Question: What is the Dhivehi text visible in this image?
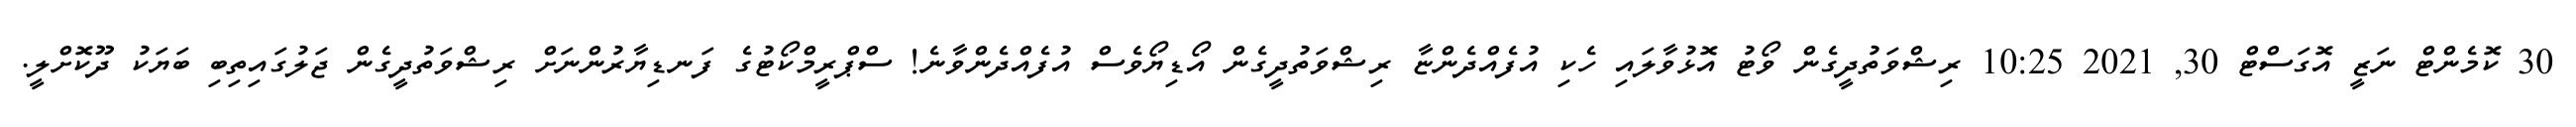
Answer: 30 ކޮމެންޓް ނަޒީ އޮގަސްޓް 30, 2021 10:25 ރިޝްވަތުދީގެން ވޯޓު އޮޅުވާލައި ހެކި އުފެއްދެންޏާ ރިޝްވަތުދީގެން އޯޑިޔޯވެސް އުފެއްދެންވާނެ! ސްޕްރީމްކޯޓުގެ ފަނޑިޔާރުންނަށް ރިޝްވަތުދީގެން ޖަލުގައިތިބި ބަޔަކު ދޫކޮށްލީ.